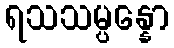
ရသသမ္ပန္နော